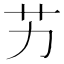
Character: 艻